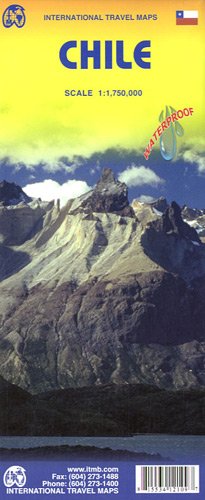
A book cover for Chile Travel Reference Map 1: 1,750,000-2012*** (International Travel Maps); ITMB Canada; Travel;